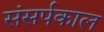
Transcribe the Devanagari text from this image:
संसर्पकाल